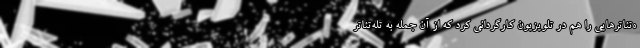
ه‌تئاترهایی را هم در تلویزیون کارگردانی کرد که از آن جمله به تله‌تئاتر